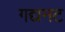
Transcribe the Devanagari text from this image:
गद्यनट